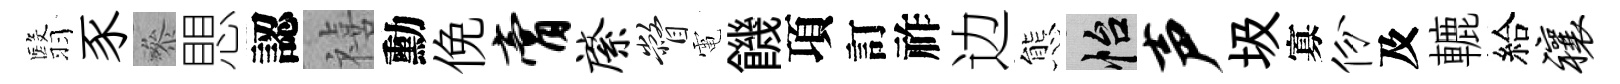
翳豕叅愳認禧勳俛膏綮瞥電饑項訂祚边態怡声圾寡份及轆給禳